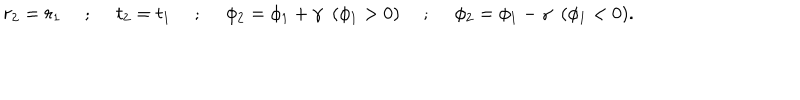
r _ { 2 } = r _ { 1 } ~ ~ ; ~ ~ t _ { 2 } = t _ { 1 } ~ ~ ; ~ ~ \phi _ { 2 } = \phi _ { 1 } + \gamma ~ ~ ( \phi _ { 1 } > 0 ) ~ ~ ; ~ ~ \phi _ { 2 } = \phi _ { 1 } - \gamma ~ ~ ( \phi _ { 1 } < 0 ) .